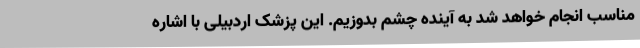
مناسب انجام خواهد شد به آینده چشم بدوزیم. این پزشک اردبیلی با اشاره